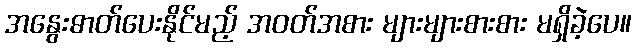
အနွေးဓာတ်ပေးနိုင်မည့် အဝတ်အစား များများစားစား မရှိခဲ့ပေ။